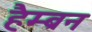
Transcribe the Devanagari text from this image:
हैम्ब्रन